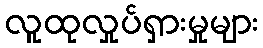
လူထုလှုပ်ရှားမှုများ